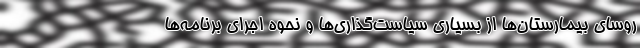
روسای بیمارستان‌ها از بسیاری سیاست‌گذاری‌ها و نحوه اجرای برنامه‌ها